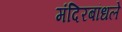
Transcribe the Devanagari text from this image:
मंदिरबांधले